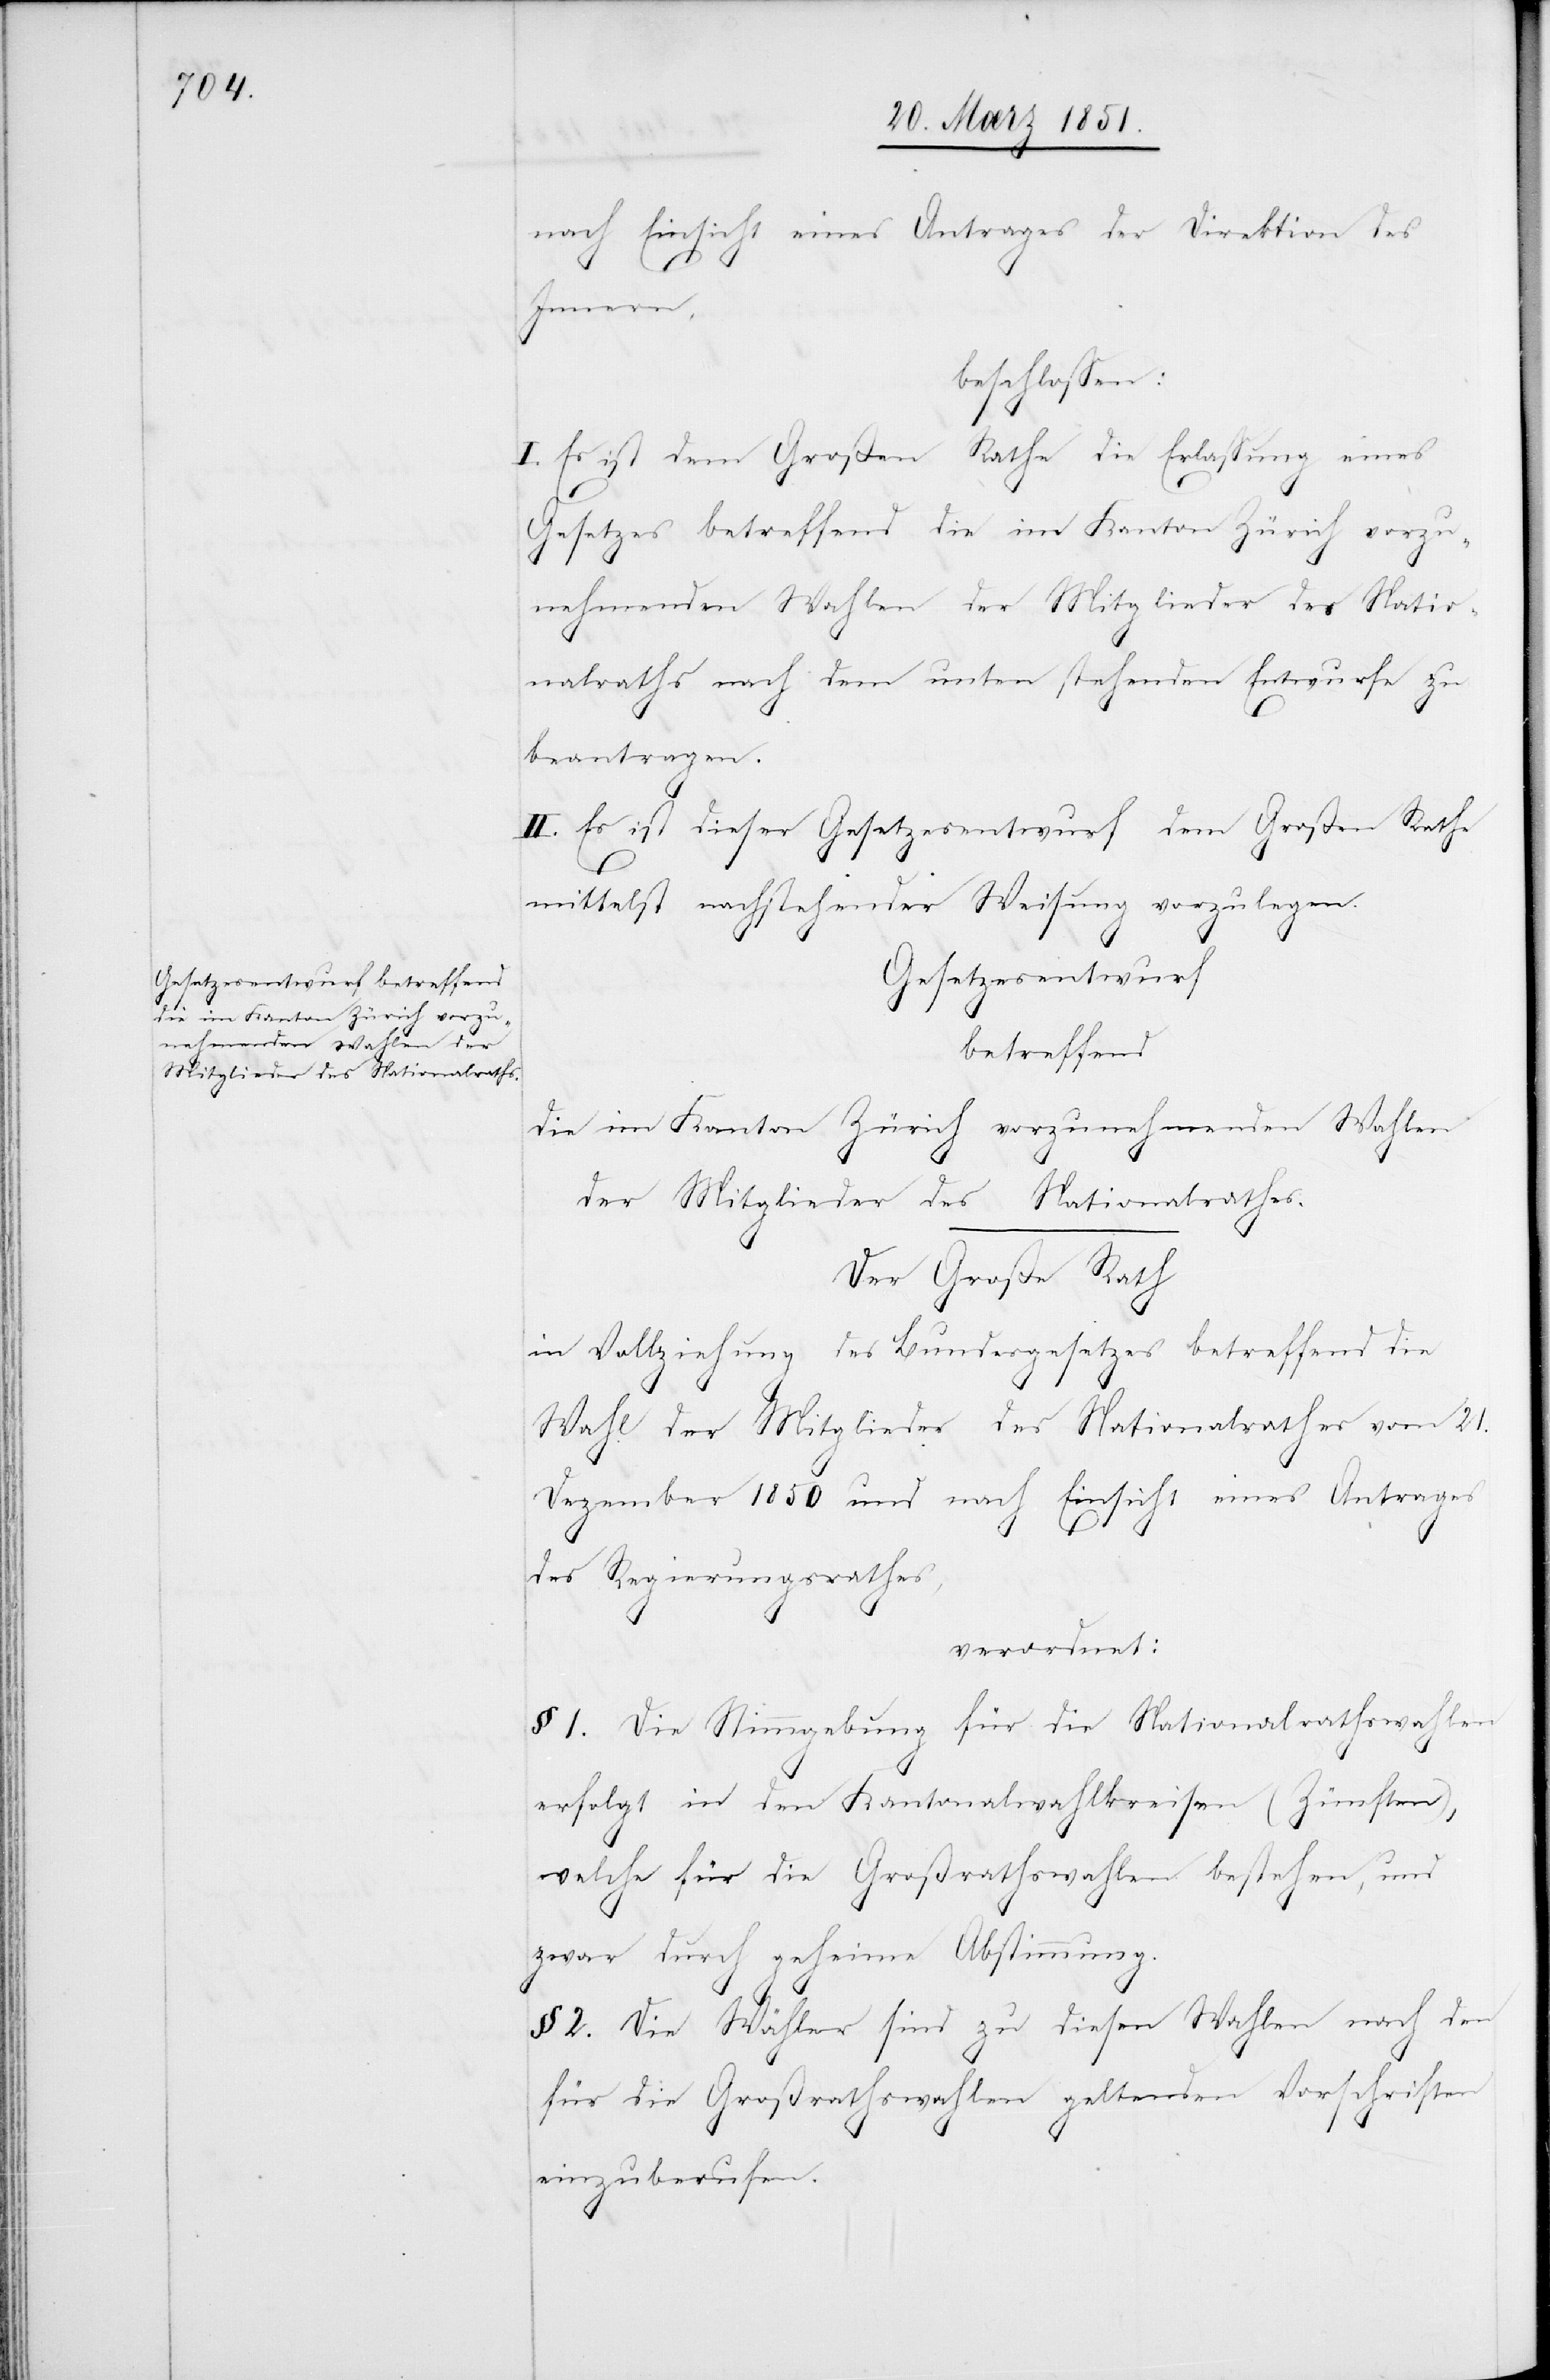
nach Einsicht eines Antrages der Direktion des
Innern,
beschlossen:
I. Es ist dem Großen Rathe die Erlassung eines
Gesetzes betreffend die im Kanton Zürich vorzu¬
nehmenden Wahlen der Mitglieder des Natio¬
nalraths nach dem unten stehenden Entwurfe zu
beantragen.
II. Es ist dieser Gesetzesentwurf dem Großen Rathe
mittelst nachstehender Weisung vorzulegen.
Gesetzesentwurf
betreffend
die im Kanton Zürich vorzunehmenden Wahlen
der Mitglieder des Nationalrathes.
Der Große Rath
in Vollziehung des Bundesgesetzes betreffend die
Wahl der Mitglieder des Nationalrathes vom 21.
Dezember 1850 und nach Einsicht eines Antrages
des Regierungsrathes,
verordnet:
§ 1. Die Stimmgebung für die Nationalrathswahlen
erfolgt in den Kantonalwahlkreisen (Zünften),
welche für die Großrathswahlen bestehen, und
zwar durch geheime Abstimmung.
§ 2. Die Wähler sind zu diesen Wahlen nach den
für die Großrathswahlen geltenden Vorschriften
einzuberufen.